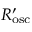
R _ { \mathrm { { o s c } } } ^ { \prime }